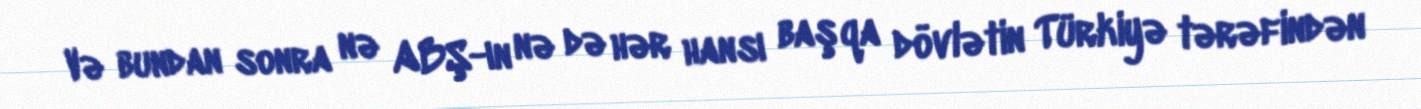
Və bundan sonra nə ABŞ-ın nə də hər hansı başqa dövlətin Türkiyə tərəfindən